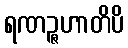
ရဏဉ္ဇဟာတိပိ